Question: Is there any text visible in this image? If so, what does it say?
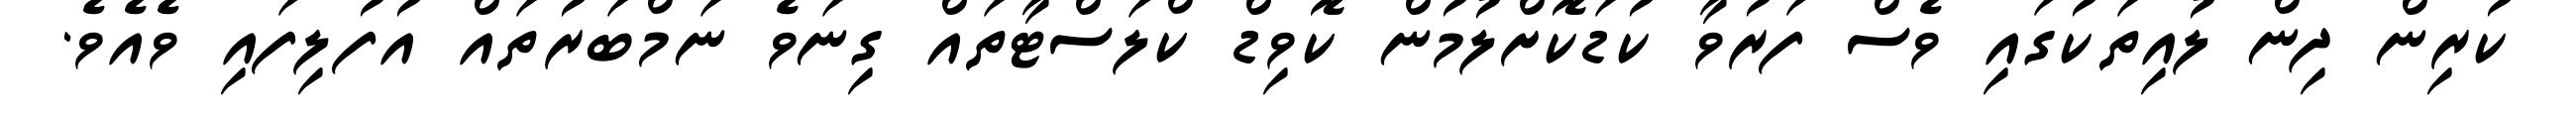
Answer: ކުރިން ދިން ލުއިތަކުގައި ވެސް ފަރުވާ ކުޑަކޮށްލުމުން ކޮވިޑް ކްލަސްޓާތައް ގިނަވެ ނަމްބަރުތައް އުފުލިފައި ވެއެވެ.